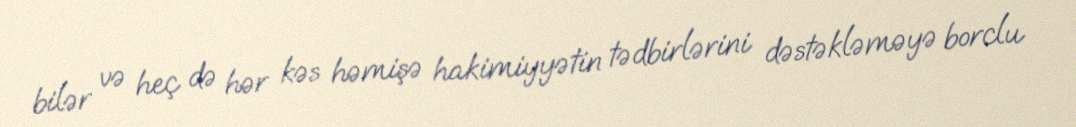
bilər və heç də hər kəs həmişə hakimiyyətin tədbirlərini dəstəkləməyə borclu